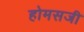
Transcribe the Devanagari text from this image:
होमसजी